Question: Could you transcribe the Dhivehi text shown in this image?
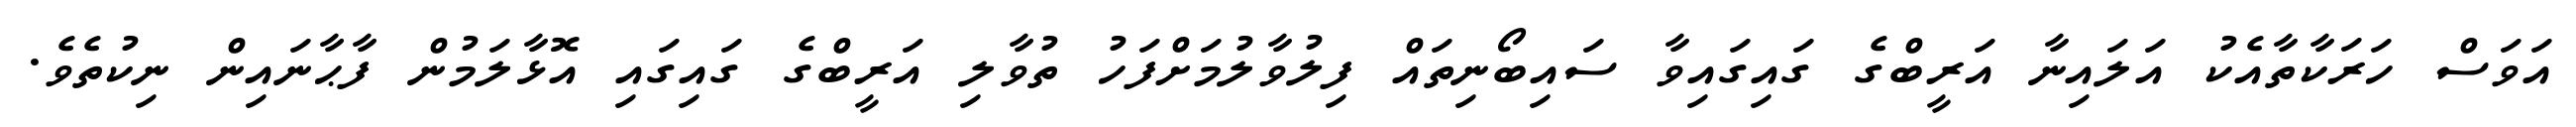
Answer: އަވަސް ހަރަކާތާއެކު އަލައިނާ އަރީބްގެ ގައިގައިވާ ސައިބޯނިތައް ފިލުވާލުމަށްފަހު ތުވާލި އަރީބްގެ ގައިގައި އޮޅާލަމުން ފާޙާނައިން ނިކުތެވެ.